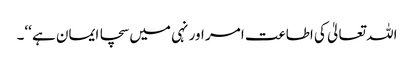
اللہ تعالیٰ کی اطاعت امر اور نہی میں سچا ایمان ہے ‘‘۔